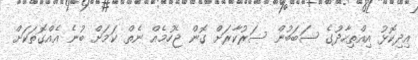
އިދިކޮޅު އިއްތިހާދުގެ ސަބަބުން ސަރުކާރަށް ގޮން ޖެހުމެއް ނެތް ކަމަށް ބުނެ އެއްގޮތަކަށް